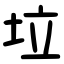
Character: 垃